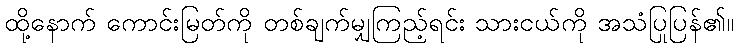
ထို့နောက် ကောင်းမြတ်ကို တစ်ချက်မျှကြည့်ရင်း သားငယ်ကို အသံပြုပြန်၏။